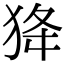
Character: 𤝷